Vaccination in the Punjab 1883-1896 - 1883-1896
Year: 1883
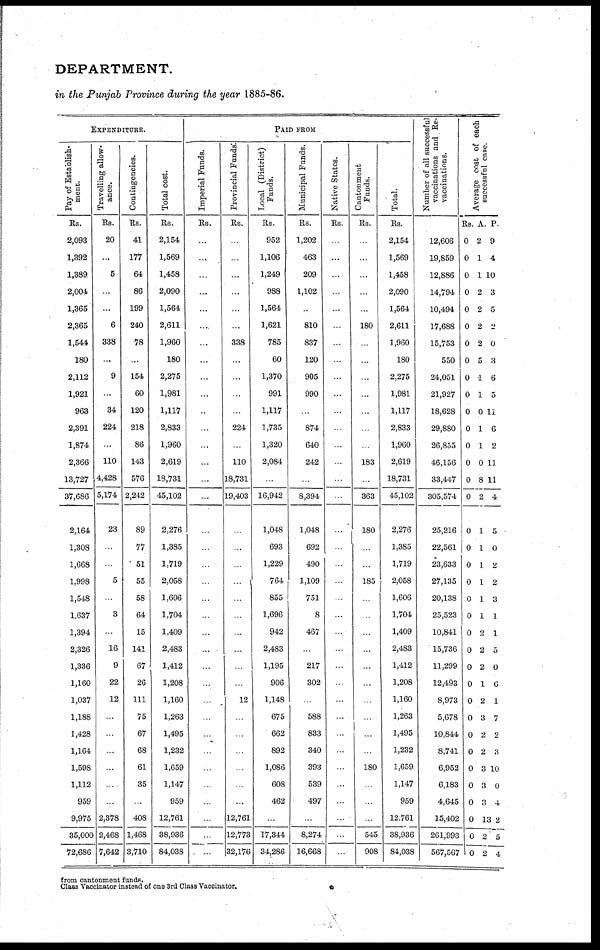
DEPARTMENT.
in the Punjab Province during the year 1885-86.
EXPENDITURE.
Pay of Establish-
ment.
Rs.
2,093
1,392
1,389
2,004
1,365
2,365
1,544
180
2,112
1,921
963
2,391
1,874
2,366
13,727
37,686
2,164
1,308
1,668
1,998
1,548
1,637
1,394
2,326
1,336
1,160
1,037
1,188
1,428
1,164
1,598
1,112
959
9,975
35,000
72,686
Travelling allow-
ance.
Rs.
20
...
5
...
...
6
338
...
9
...
34
224
...
110
4,428
5,174
23
...
...
5
...
3
...
16
9
22
12
...
...
...
...
...
...
2,378
2,468
7,642
Contingencies.
Rs.
41
177
64
86
199
240
78
...
154
60
120
218
86
143
576
2,242
89
77
51
55
58
64
15
141
67
26
111
75
67
68
61
35
...
408
1,468
3,710
Total cost.
Rs.
2,154
1,569
1,458
2,090
1,564
2,611
1,960
180
2,275
1,981
1,117
2,833
1,960
2,619
18,731
45,102
2,276
1,385
1,719
2,058
1,606
1,704
1,409
2,483
1,412
1,208
1,160
1,263
1,495
1,232
1,659
1,147
959
12,761
38,936
84,038
PAID FROM
Imperial Funds.
Rs.
...
...
...
...
...
...
...
...
...
...
...
...
...
...
...
...
...
...
...
...
...
...
...
...
...
...
...
...
...
...
...
...
...
...
...
...
Provincial Funds.
Rs.
...
...
...
...
...
...
338
...
...
...
...
224
...
110
18,731
19,403
...
...
...
...
...
...
...
...
...
...
12
...
...
...
...
...
...
12,761
12,773
32,176
Local (District)
Funds.
Rs.
952
1,106
1,249
988
1,564
1,621
785
60
1,370
991
1,117
1,735
1,320
2,084
...
16,942
1,048
693
1,229
764
855
1,696
942
2,483
1,195
906
1,148
675
662
892
1,086
608
462
...
17,344
34,286
Municipal Funds.
Rs.
1,202
463
209
1,102
...
810
837
120
905
990
...
874
640
242
...
8,394
1,048
692
490
1,109
751
8
467
...
217
302
...
588
833
340
393
539
497
...
8,274
16,668
Native States.
Rs.
...
...
...
...
...
...
...
...
...
...
...
...
...
...
...
...
...
...
...
...
...
...
...
...
...
...
...
...
...
...
...
...
...
...
...
...
Cantonment
Funds.
Rs.
...
...
...
...
...
180
...
...
...
...
...
...
...
183
...
363
180
...
...
185
...
...
...
...
...
...
...
...
...
...
180
...
...
...
545
908
Total.
Rs.
2,154
1,569
1,458
2,090
1,564
2,611
1,960
180
2,275
1,981
1,117
2,833
1,960
2,619
18,731
45,102
2,276
1,385
1,719
2,058
1,606
1,704
1,409
2,483
1,412
1,208
1,160
1,263
1,495
1,232
1,659
1,147
959
12,761
38,936
84,038
Number of all successful
vaccinations and Re¬
vaccinations.
12,606
19,859
12,886
14,794
10,494
17,688
15,753
550
24,051
21,927
18,628
29,880
26,855
46,156
33,447
305,574
25,216
22,561
23,633
27,135
20,138
25,523
10,841
15,736
11,299
12,493
8,973
5,678
10,844
8,741
6,952
6,183
4,645
15,402
261,993
567,567
Average cost of each
successful case.
Rs.
0
0
0
0
0
0
0
0
0
0
0
0
0
0
0
0
0
0
0
0
0
0
0
0
0
0
0
0
0
0
0
0
0
0
0
0
A.
2
1
1
2
2
2
2
5
1
1
0
1
1
0
8
2
1
1
1
1
1
1
2
2
2
1
2
3
2
2
3
3
3
13
2
2
P.
9
4
10
3
5
2
0
3
6
5
11
6
2
11
11
4
5
0
2
2
3
1
1
5
0
0
1
7
2
3
10
0
4
2
5
4
from cantonment funds.
Class Vaccinator instead of one 3rd Class Vaccinator.